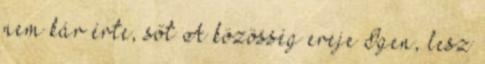
nem kár érte, sőt A közösség ereje Igen, lesz